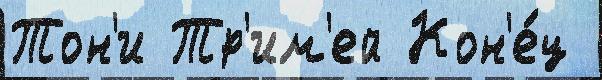
Тон'и Тр'им'ей Кон'е́ц